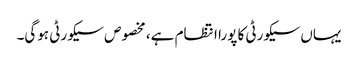
یہاں سیکورٹی کا پورا انتظام ہے، مخصوص سیکورٹی ہوگی۔